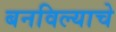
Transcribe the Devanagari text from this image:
बनविल्याचे